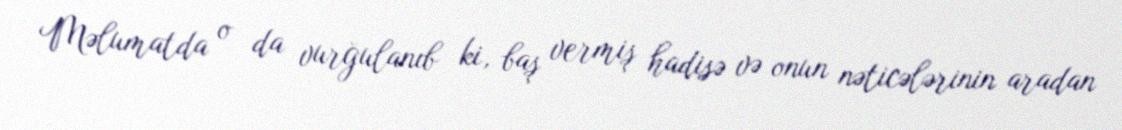
Məlumatda o da vurğulanıb ki, baş vermiş hadisə və onun nəticələrinin aradan